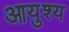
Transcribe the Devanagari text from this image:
आयुश्य